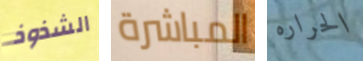
الشذوذ المباشرة الحراره